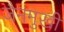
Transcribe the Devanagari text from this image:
जैनमुखी